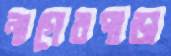
নাগেরপাড়া